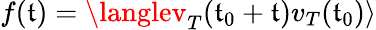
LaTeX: f(\mathfrak{t})=\langlev_{T}(\mathfrak{t}_{0}+\mathfrak{t})v_{T}(\mathfrak{t}_{0})\rangle